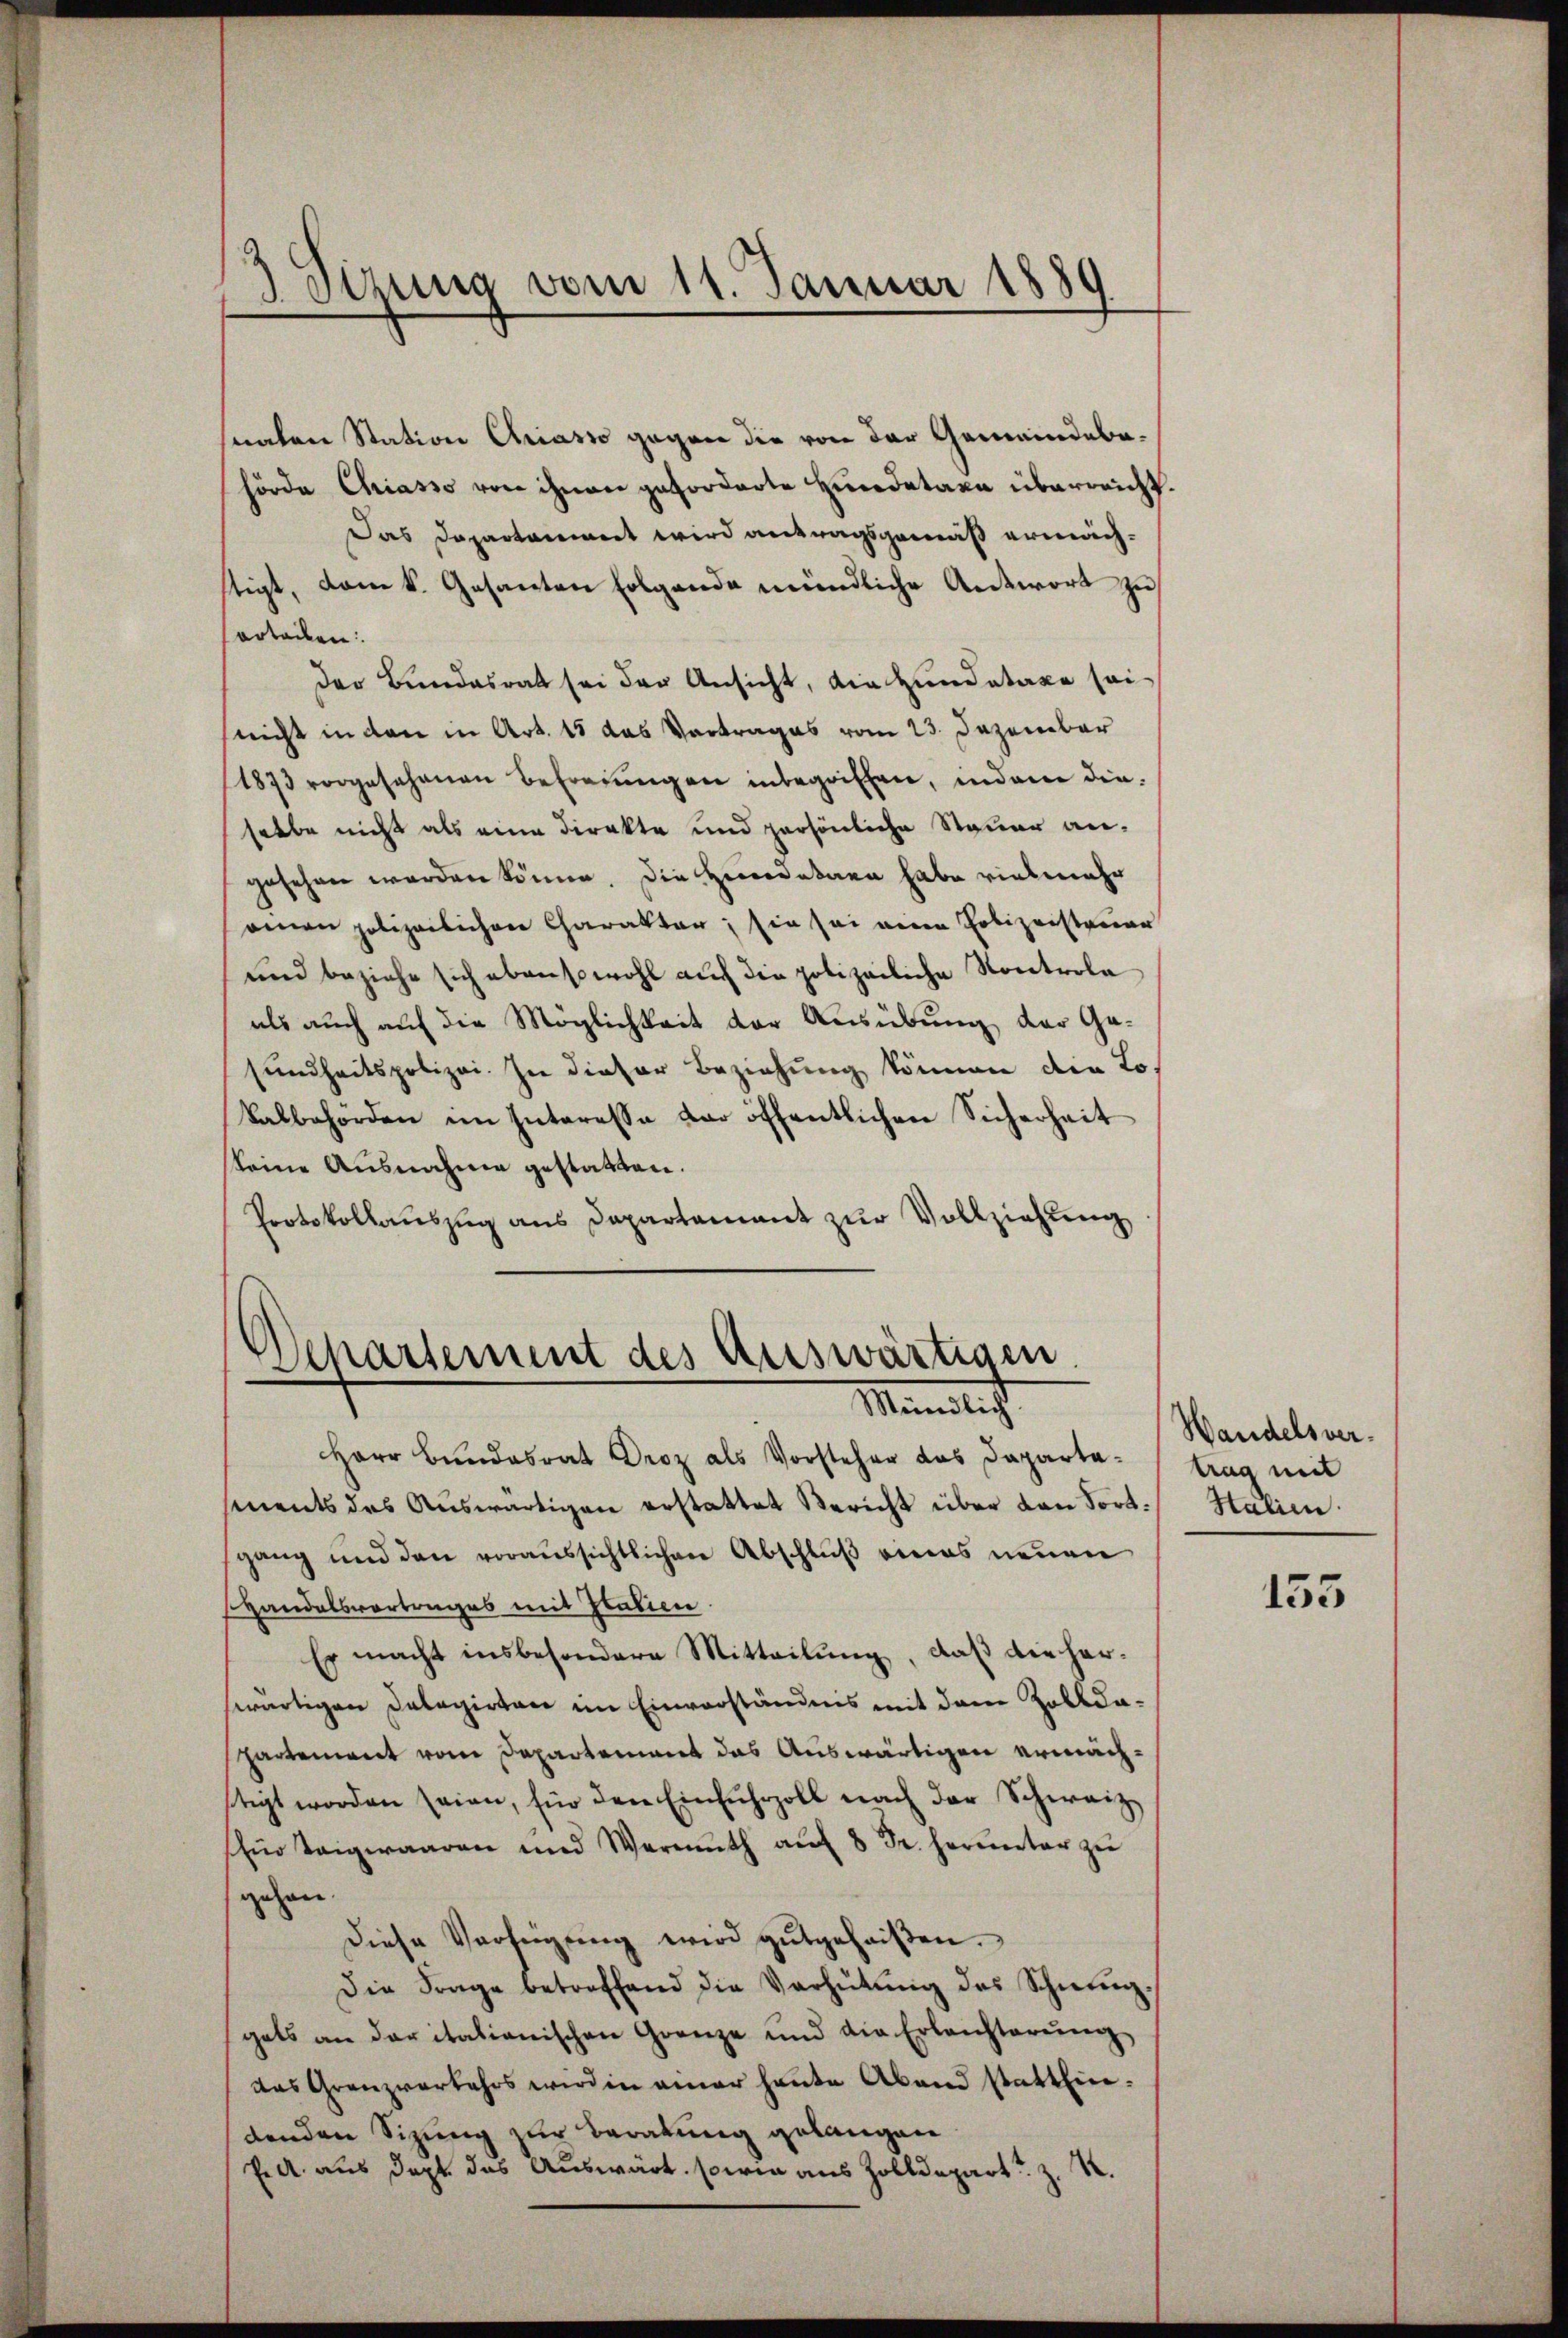
senden Station Criasso gegen die von der Gemeindebahörde Chriasso von ihnen geforderte Hindetaxa überreicht.
Das Departamiert wird antragsgemäß ermächstigt, vom k. Gesanten Folgende mündliche Antwort zu
ertailen:
der Bundesrat sei der Ansicht, die Hundatare sei
nicht in den in Art. 15 das Vortrages vom 23. Dezember
1873 vorgesehenen Befreiungen inbegriffen, indem die-
selbe nicht als eine Direkte und persönliche Steuer angesehen werden könne. Die Herredetern habe vielmehr
ennen polizeilichen Charakter; sie sei einen Polizeisteuer
und beziehe sich ebensowohl auch die polizeiliche Kontrola
als auch auf die Möglichkeit der Ausübung der Gasundheitspolizei. In dieser Beziehung können die Lokalbehörden im Interesse der öffentlichen Sicherheit
keine Ausnahme gestatten.
Protokollauszug aus Departement zur Vollziehung

3 Sizung vom 11. Januar 1889

Departement des Auswärtigen
Mändlicht

Herr Bundesrat Droz als Vorsteher das Dapartaments das Aŭswärtigen erstattet Bericht über dan fort. Statien
gang und den voraussichtlichen Abschlŭβ eines neuen
HHandelsvortrages mit Italien.
Es macht insbesondere Mitteilŭng, daß die herswärtigen Dalagirten im Einverständnis mit dem Zolldaspartement vom Departement das Auswärtigen ermächstigt worden seien, für den Einfuhrzoll nach der Schweiz
Ein Teigwaaren und Wermŭth aŭf 8 Fr. herunter zu
gehen.
diese Verfügung wird gutgeheißen.
Die Frage betreffend die Verhütŭng des Schnunggets an der italienischen Grenze und die Erlasterŭng,
das Grenzverkehrs wird in einer heute Abend statteindenden Sizung zur Beratung gelangen
E A. aus dept das Auswärt, sowie aus Zolldepart u. z. R.

Wandelsvertrag mit

155